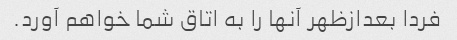
فردا بعدازظهر آنها را به اتاق شما خواهم آورد.